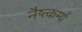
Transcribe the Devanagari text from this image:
नैष्त्कर्म्य